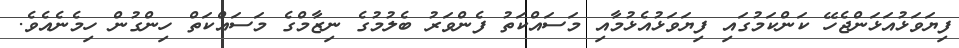
ފިޔަވަޅުއަޅަންޖެހޭ ކަންކަމުގައި ފިޔަވަޅުއެޅުމާއި މަސައްކަތު ފެންވަރު ބެލުމުގެ ނިޒާމްގެ މަސައްކަތް ހިންގުން ހިމެނެއެވެ.